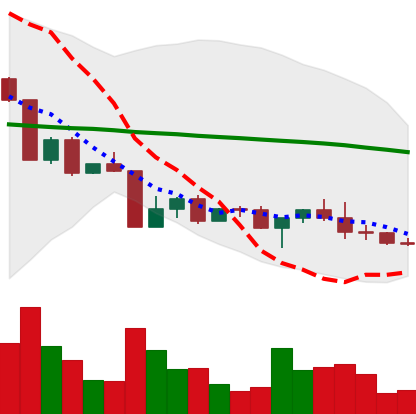
Ticker: ADA-USD
Chart end date: 2022-04-24
Forward return: -9.173%
Label: down_7plus